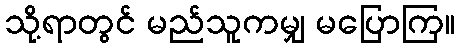
သို့ရာတွင် မည်သူကမျှ မပြောကြ။